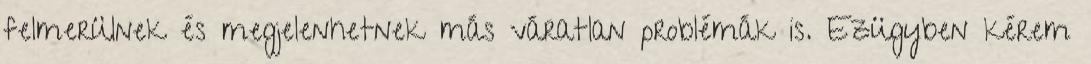
felmerülnek és megjelenhetnek más váratlan problémák is. Ezügyben kérem